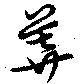
莽